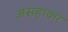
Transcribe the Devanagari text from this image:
असहाकर